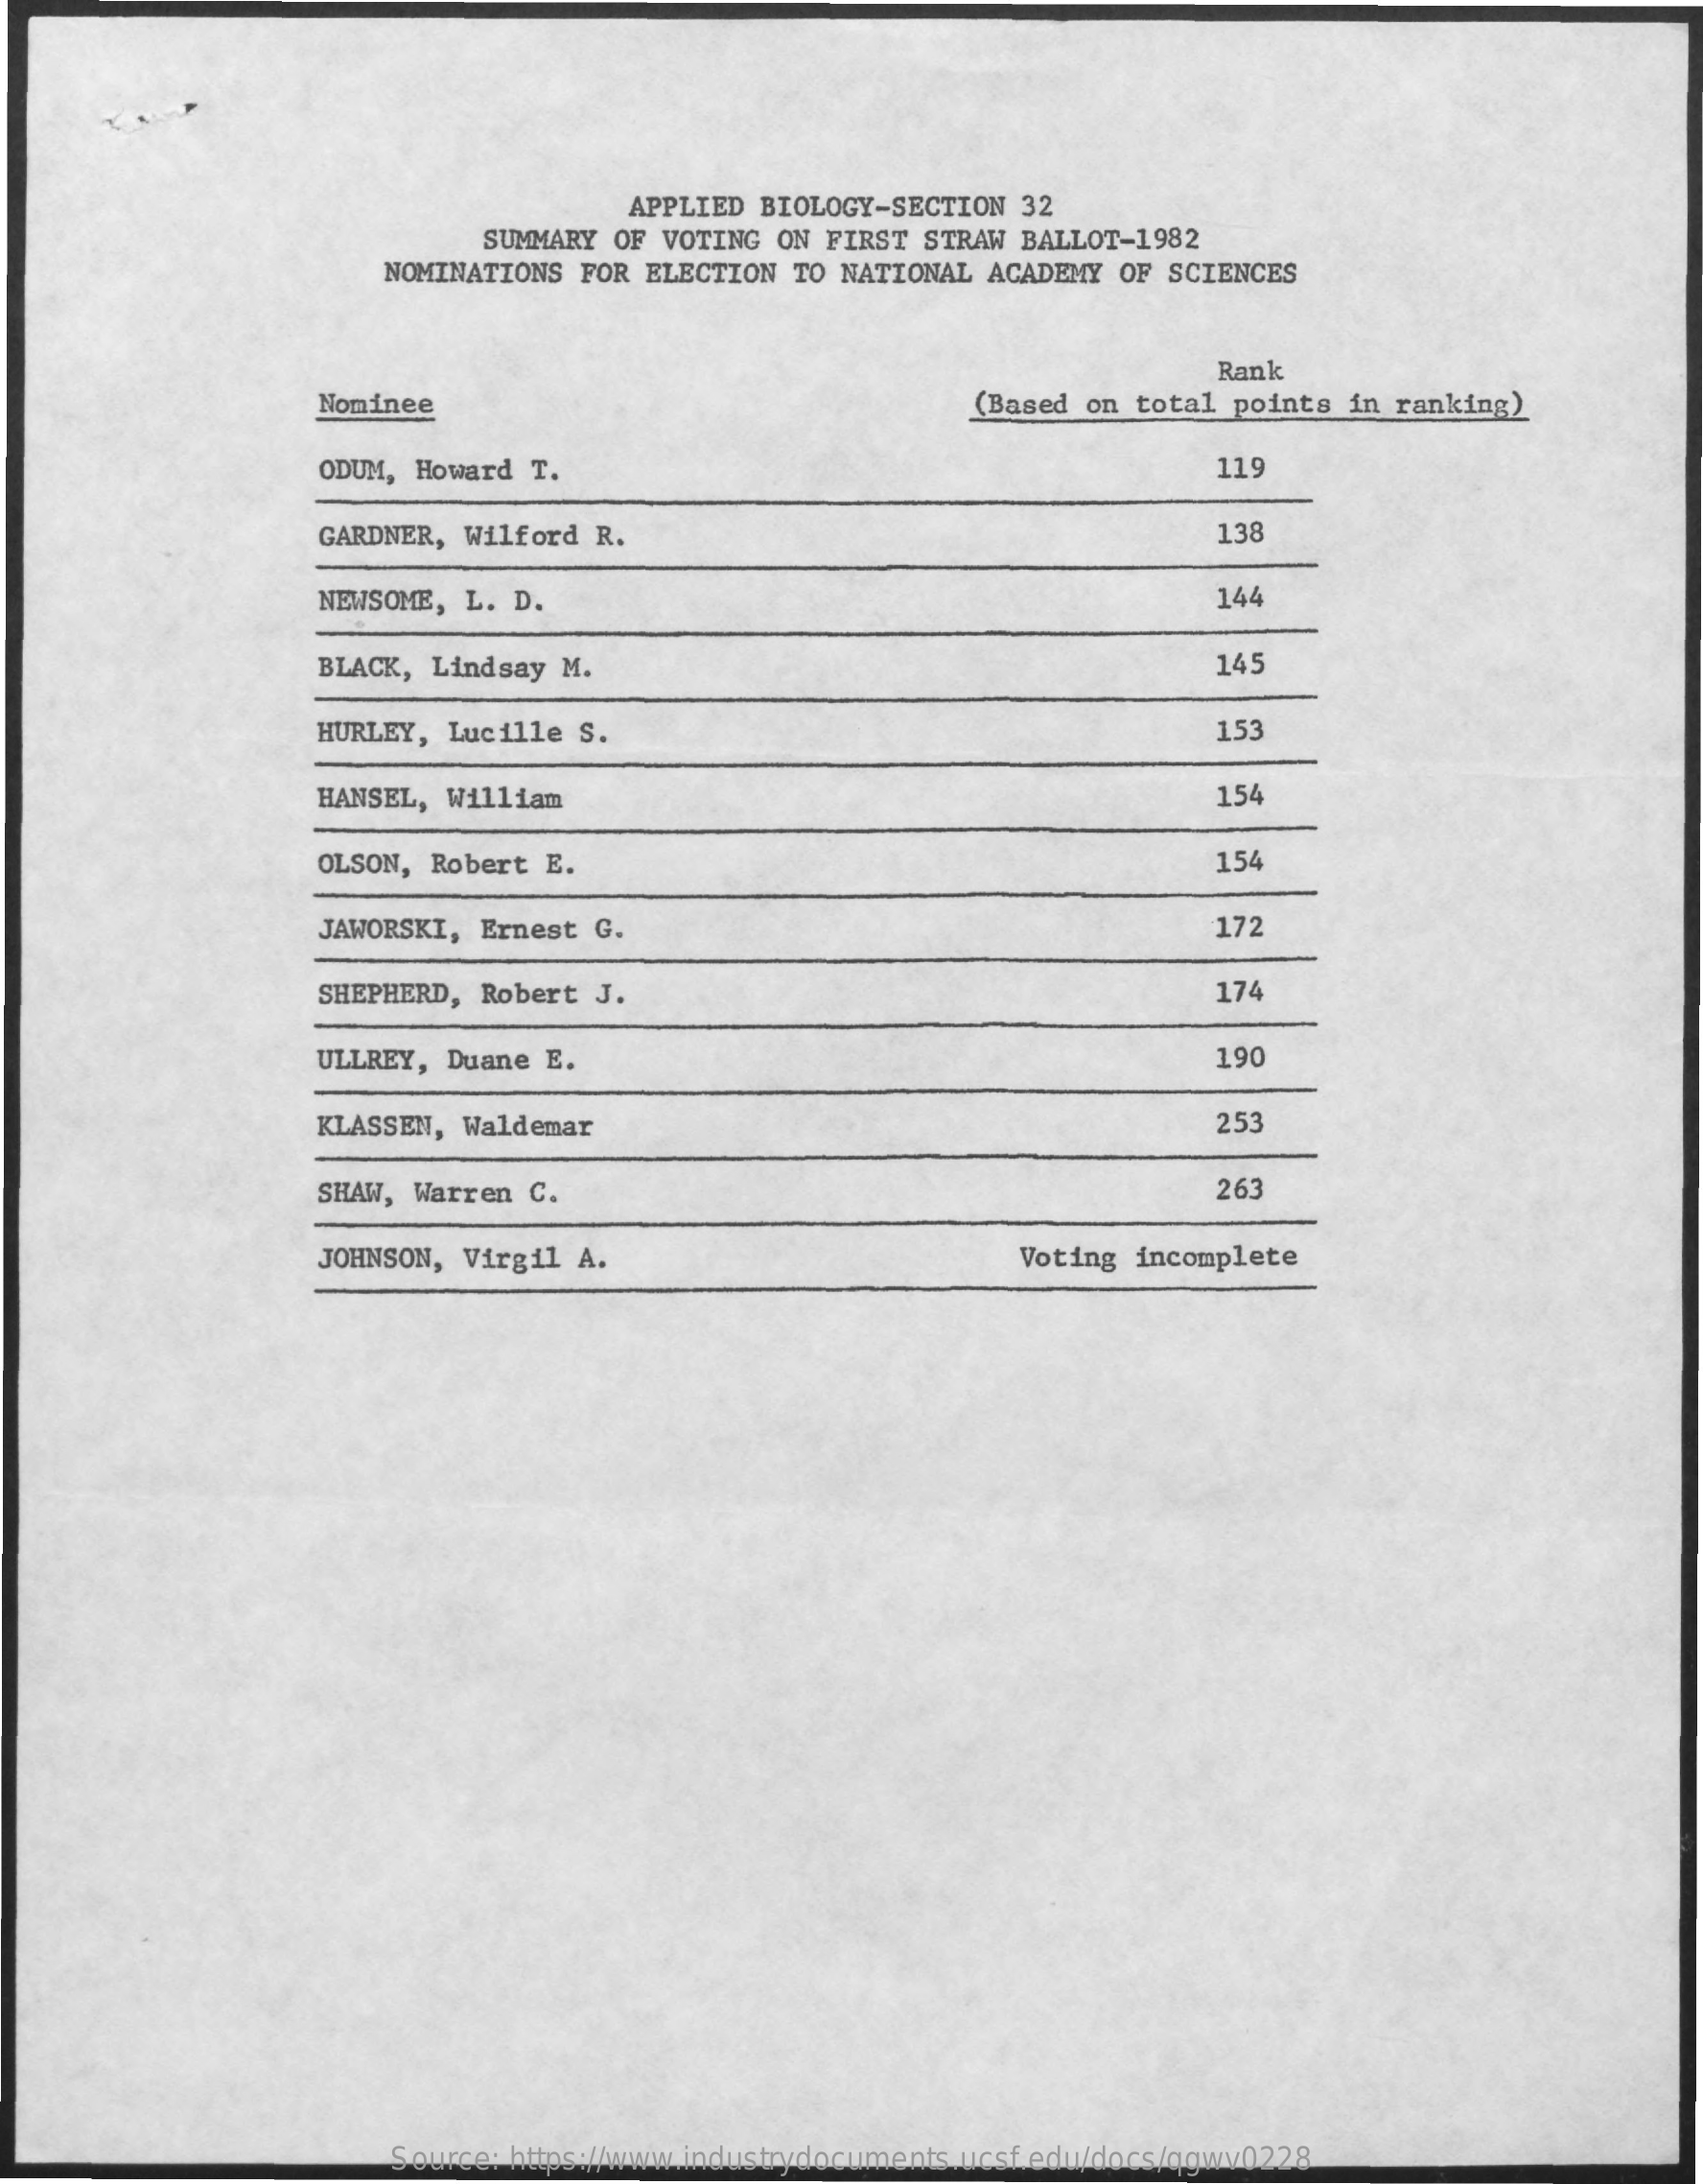
APPLIED  BIOLOGY-SECTION  32
     SUMMARY OF VOTING  ON FIRST STRAW BALLOT-1982
     NOMINATIONS FOR ELECTION  TO NATIONAL ACADEMY  OF SCIENCES
     Rank
     Nominee    (Based on total points  in ranking)
     ODUM, Howard T.    119
     GARDNER, Wilford R.    138
     NEWSOME, L. D.    144
     BLACK, Lindsay M.    145
     HURLEY,  Lucille S.    153
     HANSEL, William    154
     OLSON, Robert E.    154
     JAWORSKI, Ernest G.    172
     SHEPHERD, Robert J.    174
     ULLREY, Duane E.    190
     KLASSEN, Waldemar    253
     SHAW, Warren C.    263
     JOHNSON, Virgil A.    Voting incomplete
     Source: https://www.industrydocuments.ucsf.edu/docs/qgwv0228